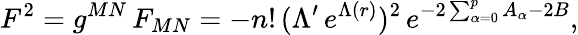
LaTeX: F^{2}=g^{MN}\, F_{MN}=-n!\, (\Lambda^{\prime}\, e^{\Lambda(r)})^{2}\, e^{-2\sum_{\alpha=0}^{p}A_{\alpha}-2B},